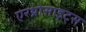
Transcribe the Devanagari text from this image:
एरथ्रोसाइट्स